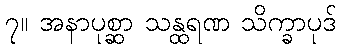
၇။ အနာပုစ္ဆာ သန္ထရဏ သိက္ခာပုဒ်